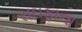
રાઇફાના